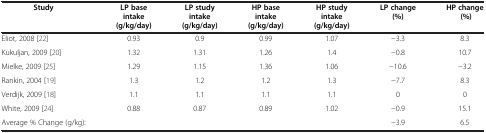
| Study | LP base intake (g/kg/day) | LP study intake (g/kg/day) | HP base intake (g/kg/day) | HP study intake (g/kg/day) | LP change (%) | HP change (%) |
 | --- | --- | --- | --- | --- | --- | --- |
 | Eliot, 2008 [22] | 0.93 | 0.9 | 0.99 | 1.07 | −3.3 | 8.3 |
 | Kukuljan, 2009 [20] | 1.32 | 1.31 | 1.26 | 1.4 | −0.8 | 10.7 |
 | Mielke, 2009 [25] | 1.29 | 1.15 | 1.36 | 1.06 | −10.6 | −3.2 |
 | Rankin, 2004 [19] | 1.3 | 1.2 | 1.2 | 1.3 | −7.7 | 8.3 |
 | Verdijk, 2009 [18] | 1.1 | 1.1 | 1.1 | 1.1 | 0 | 0 |
 | White, 2009 [24] | 0.88 | 0.87 | 0.89 | 1.02 | −0.9 | 15.1 |
 | Average % Change (g/kg): |  |  |  |  | −3.9 | 6.5 |